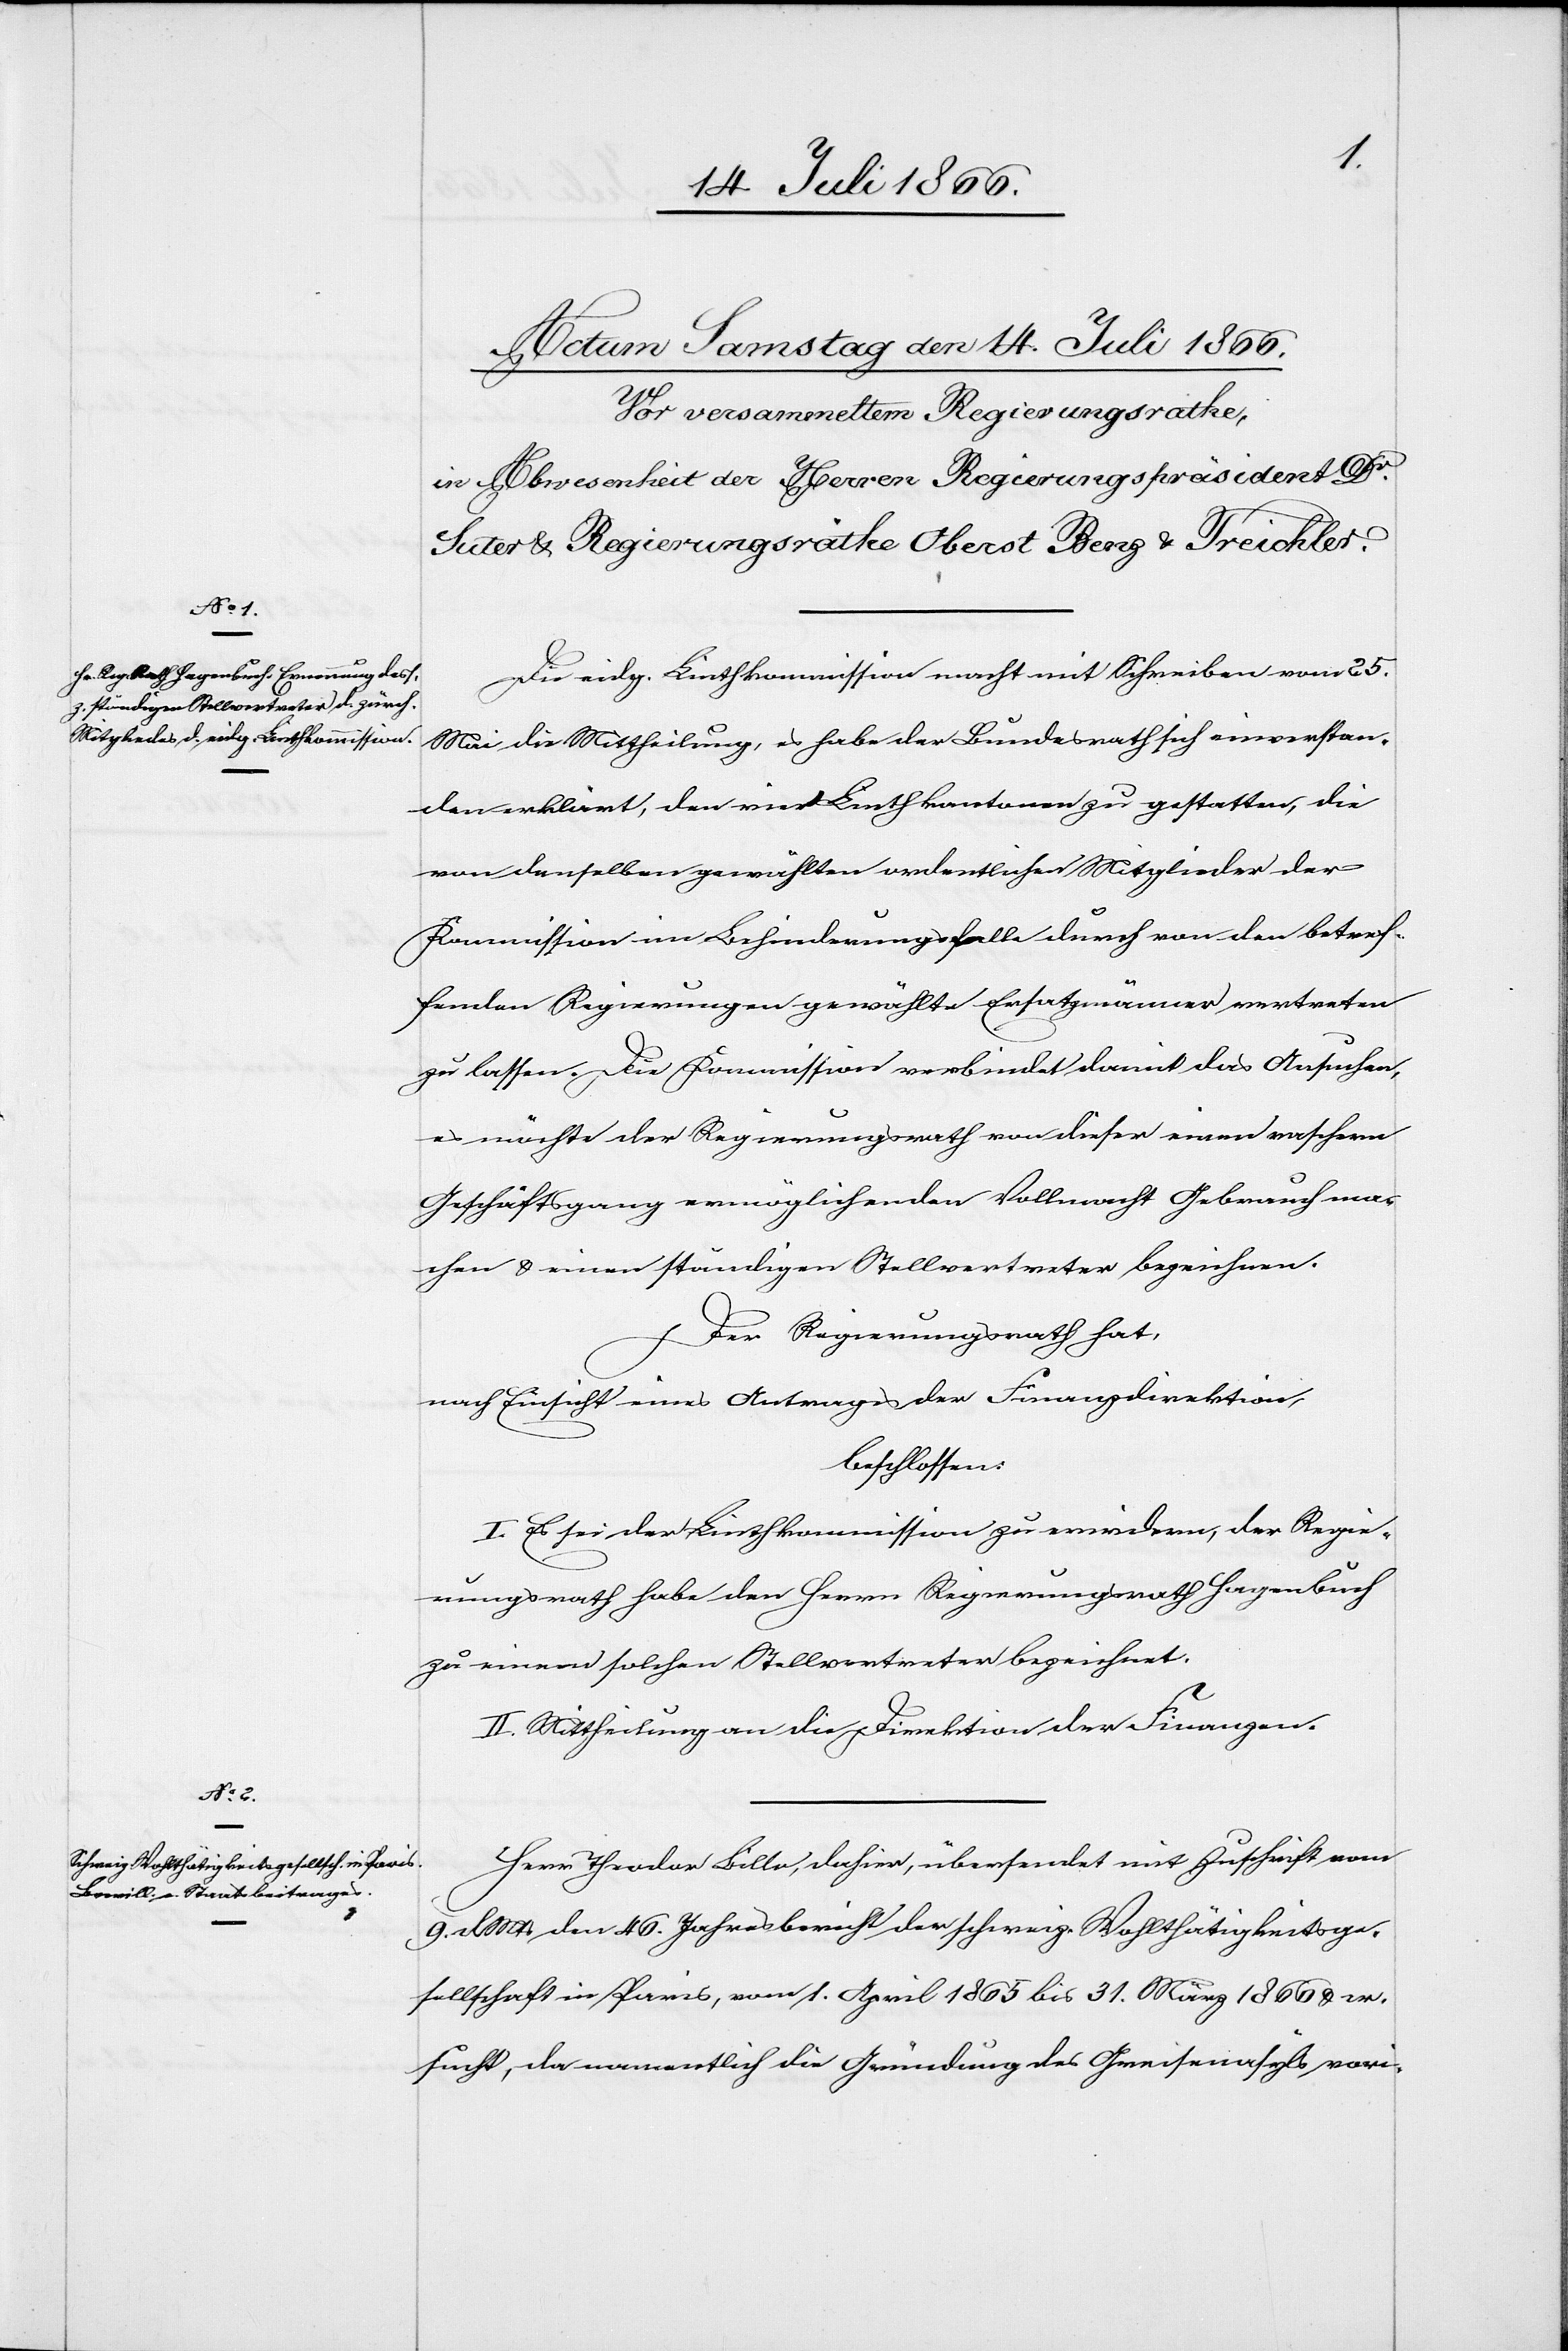
Die eidg. Linthkommission macht mit Schreiben vom 25.
Mai die Mittheilung, es habe der Bundesrath sich einverstan¬
den erklärt, den vier Linthkantonen zu gestatten, die
von denselben gewählten ordentlichen Mitglieder der
Kommission im Behinderungsfalle durch von den betref¬
fenden Regierungen gewählte Ersatzmänner vertreten
zu lassen. Die Kommission verbindet damit das Ansuchen,
es möge der Regierungsrath von dieser einen raschern
Geschäftsgang ermöglichenden Vollmacht Gebrauch ma¬
chen u. einen ständigen Stellvertreter bezeichnen.
Der Regierungsrath hat,
nach Einsicht eines Antrages der Finanzdirektion,
beschlossen:
I. Es sei der Linthkommission zu erwiedern, der Regie¬
rungsrath habe den Herrn Regierungsrath Hagenbuch
zu einem solchen Stellvertreter bezeichnet.
II. Mittheilung an die Direktion der Finanzen.
Herr Theodor Billa, dahier, übersendet mit Zuschrift vom
9. d Mt. den 46. Jahresbericht der schweiz. Wohlthätigkeitsge¬
sellschaft in Paris, vom 1. April 1865 bis 31. März 1866 u. er¬
sucht, da namentlich die Gründung des Greisenasyls vori-